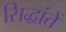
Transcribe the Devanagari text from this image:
सिद्धांतें